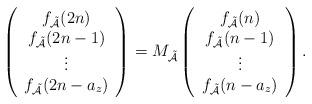
LaTeX: \begin{align*}\left(\begin{array}{c}f_{\mathcal{\tilde{A}}}(2n)\\f_{\mathcal{\tilde{A}}}(2n-1)\\\vdots\\f_{\mathcal{\tilde{A}}}(2n-a_z)\end{array}\right)=M_{\mathcal{\tilde{A}}}\left(\begin{array}{c}f_{\mathcal{\tilde{A}}}(n)\\f_{\mathcal{\tilde{A}}}(n-1)\\\vdots\\f_{\mathcal{\tilde{A}}}(n-a_z)\end{array}\right).\end{align*}